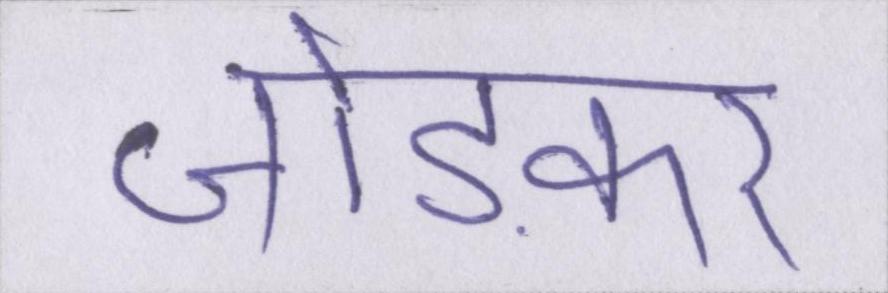
जोड़कर